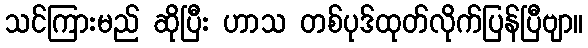
သင်ကြားမည် ဆိုပြီး ဟာသ တစ်ပုဒ်ထုတ်လိုက်ပြန်ပြီဗျာ။